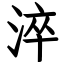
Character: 淬